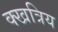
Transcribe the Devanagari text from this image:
क्खत्रिय